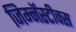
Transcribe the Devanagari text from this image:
जिम्नॅस्टीक्स